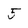
Character: 5